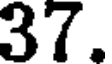
37.